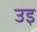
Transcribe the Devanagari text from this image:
उइ